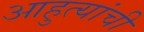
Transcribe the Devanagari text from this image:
आहुत्यांची